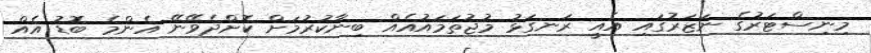
މިނިސްޓަރުގެ ނަޒަރުގައި އެއީ ރަނގަޅު މުޖުތަމައުއެއް ބިނާކުރުމަށް ކޮށްދެވޭނޭ އެންމެ ބޮޑު އެއް